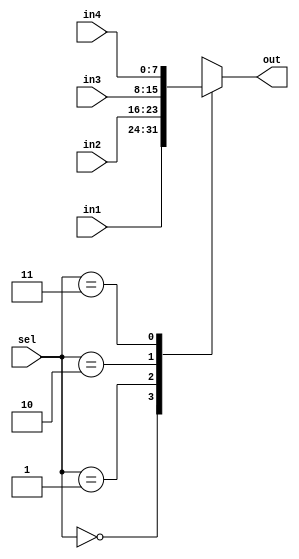
module mux4to1(
				 input [7:0]in1,
				 input [7:0]in2,
				 input [7:0]in3,
				 input [7:0]in4,
				 output reg [7:0]out,
				 input [1:0]sel
    );
	 always@(*)
	 begin
		 case(sel)
			 2'd0:
			 out=in1;
			 
			 2'd1:
			 out=in2;
			 
			 2'd2:
			 out=in3;
			 
			 2'd3:
			 out=in4;
		 endcase
	 end


endmodule